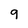
Character: 9